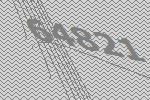
64821